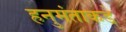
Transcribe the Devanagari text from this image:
हनुमंताकडे